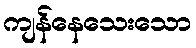
ကျန်နေသေးသော